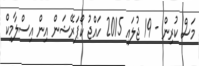
މަސް ކުރިން - 19 ޖުލައި 2015 ހައްޖު ކޯޕަރޭޝަން އިން އިސްލާމިކް